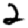
Digit: 2